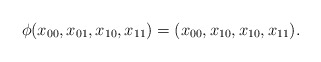
\begin{align*}\phi(x_{00}, x_{01}, x_{10}, x_{11})=(x_{00}, x_{10}, x_{10}, x_{11}).\end{align*}